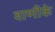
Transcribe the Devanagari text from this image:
वाणीके